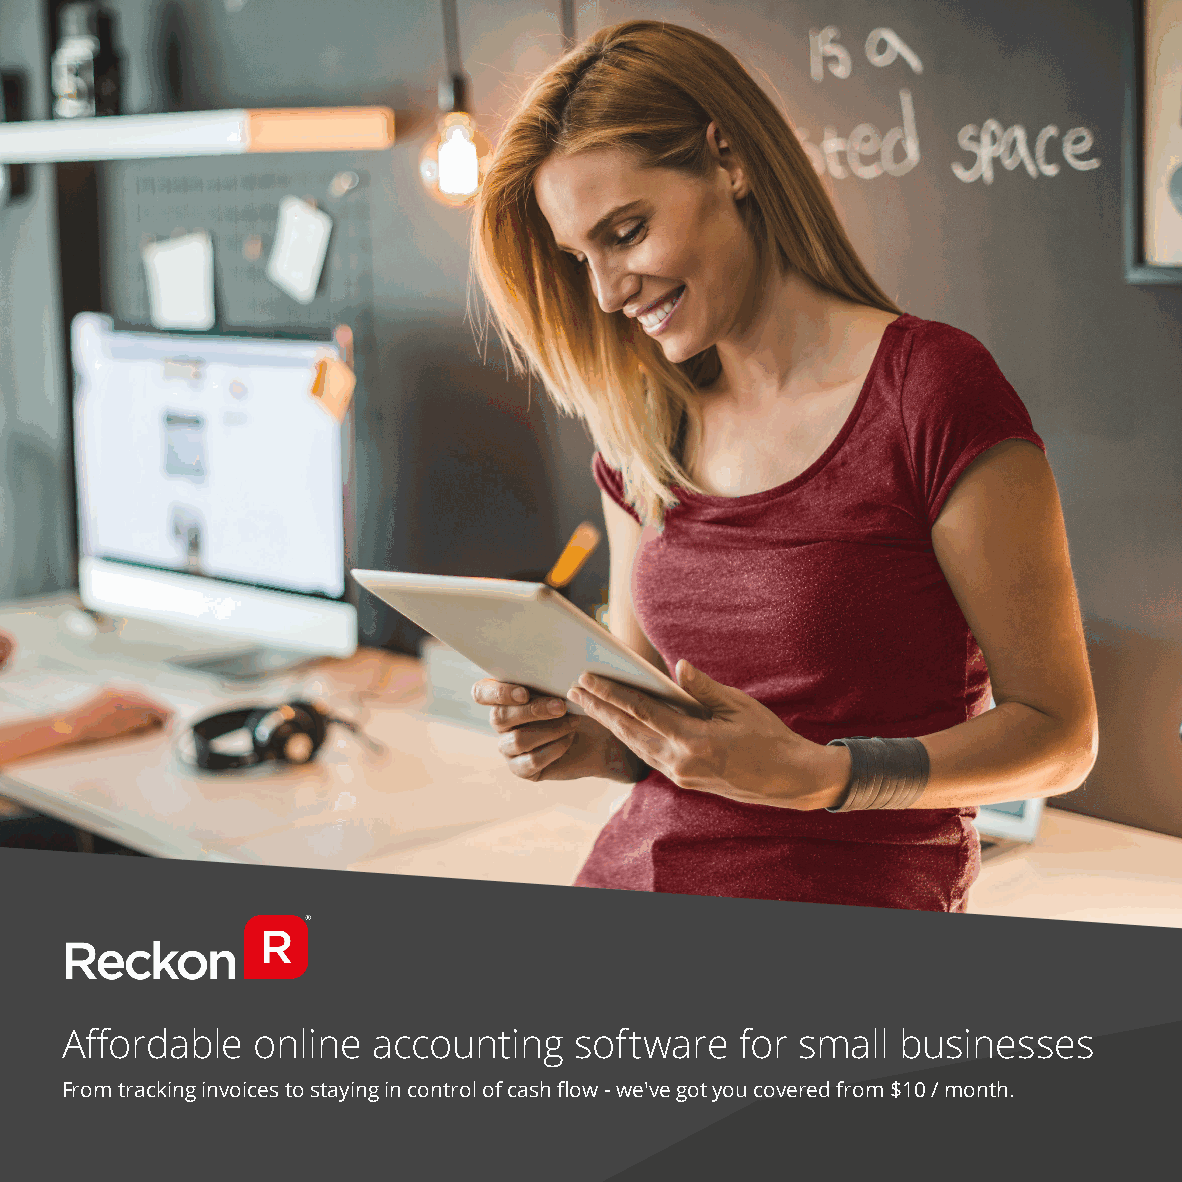
Affordable   online  accounting   software   for small  businesses
 From tracking invoices to staying in control of cash flow - we've got you covered from $10 / month.